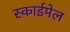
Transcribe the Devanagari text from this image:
स्काईमेल